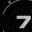
Digit: 7